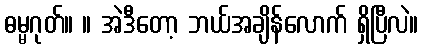
ဓမ္မဂုတ်။ ။ အဲဒီတော့ ဘယ်အချိန်လောက် ရှိပြီလဲ။